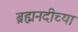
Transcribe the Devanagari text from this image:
ब्रह्मनदीच्या